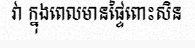
វា ក្នុងពេលមានផ្ទៃពោះសិន